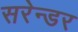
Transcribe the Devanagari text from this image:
सरेन्डर